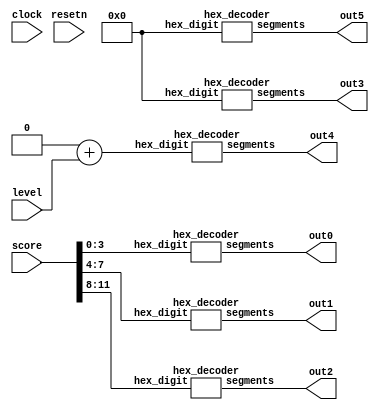
`timescale 1ns / 1ns // `timescale time_unit/time_precision

module score(
	input clock,
	input resetn,
	input [11:0] score,
	input [2:0] level,
	output [6:0] out0,
	output [6:0] out1,
	output [6:0] out2,
	output [6:0] out3,
	output [6:0] out4,
	output [6:0] out5
	// output [11:0] high_score
	// output [2:0] high_level
	);
	
	/*
	HIGH SCORES
	in project, resetn = KEY[0] || KEY[2]
	and also, full_reset = KEY[0]
	but for score, only .resetn(full_reset)
	also need to shorten score to two digits, which is not
	much work, just ignore the most significant 4 bits
	
	
	always @ (posedge clock) begin
		if (!resetn) begin
			high_score <= 0;
		end else if (score > high_score) begin
			high_score <= score;
		end
	end
	
	always @ (posedge clock) begin
		if (!resetn) begin
			high_level <= 0;
		end else if (level > high_level) begin
			high_level <= level;
		end
	end
	*/
	
	/*
	DECIMAL SCORE
	
	*/
	
	/*
	LETTERS FOR LEVELS
	in order to distinguish levels from
	letters, use the letters instead
	
	this is easy but of course this requires
	having implemented the decimal scores
	*/
	
	hex_decoder H0(
        .hex_digit(score[3:0]), 
        .segments(out0)
        );
		
	hex_decoder H1(
        .hex_digit(score[7:4]), 
        .segments(out1)
        );
	
	hex_decoder H2(
        .hex_digit(score[11:8]), 
        .segments(out2)
        );
	
	hex_decoder H3(
        .hex_digit(4'h0), 
        .segments(out3)
        );
		
	hex_decoder H4(
        .hex_digit(4'b0 + level), 
        .segments(out4)
        );
		
	hex_decoder H5(
        .hex_digit(4'h0), 
        .segments(out5)
        );
	
endmodule

module hex_decoder(hex_digit, segments);
    input [3:0] hex_digit;
    output reg [6:0] segments;
   
    always @(*)
        case (hex_digit)
            4'h0: segments = 7'b100_0000;
            4'h1: segments = 7'b111_1001;
            4'h2: segments = 7'b010_0100;
            4'h3: segments = 7'b011_0000;
            4'h4: segments = 7'b001_1001;
            4'h5: segments = 7'b001_0010;
            4'h6: segments = 7'b000_0010;
            4'h7: segments = 7'b111_1000;
            4'h8: segments = 7'b000_0000;
            4'h9: segments = 7'b001_1000;
            4'hA: segments = 7'b000_1000;
            4'hB: segments = 7'b000_0011;
            4'hC: segments = 7'b100_0110;
            4'hD: segments = 7'b010_0001;
            4'hE: segments = 7'b000_0110;
            4'hF: segments = 7'b000_1110;   
            default: segments = 7'h7f;
        endcase
endmodule